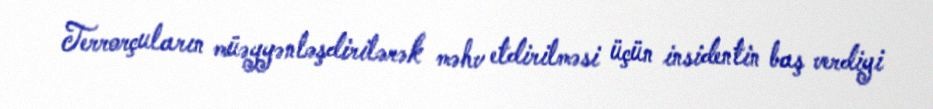
Terrorçuların müəyyənləşdirilərək məhv etdirilməsi üçün insidentin baş verdiyi